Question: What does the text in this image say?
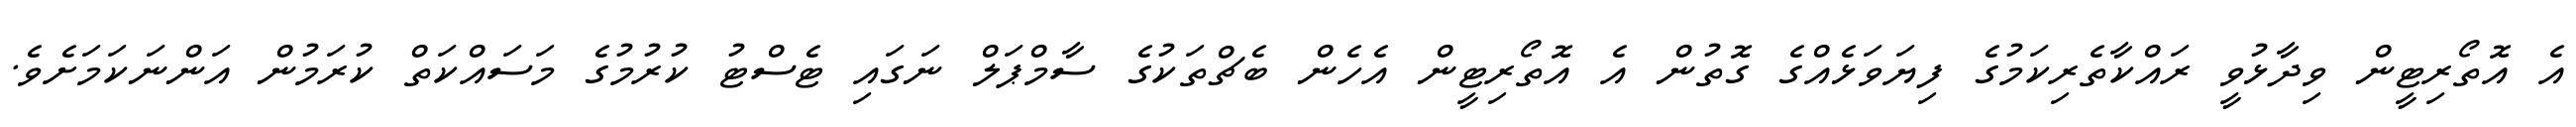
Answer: އެ އޮތޯރިޓީން ވިދާޅުވީ ރައްކާތެރިކަމުގެ ފިޔަވަޅެއްގެ ގޮތުން އެ އޮތޯރިޓީން އެހެން ބެޗްތަކުގެ ސާމްޕަލް ނަގައި ޓެސްޓު ކުރުމުގެ މަސައްކަތް ކުރަމުން އަންނަކަމަށެވެ.